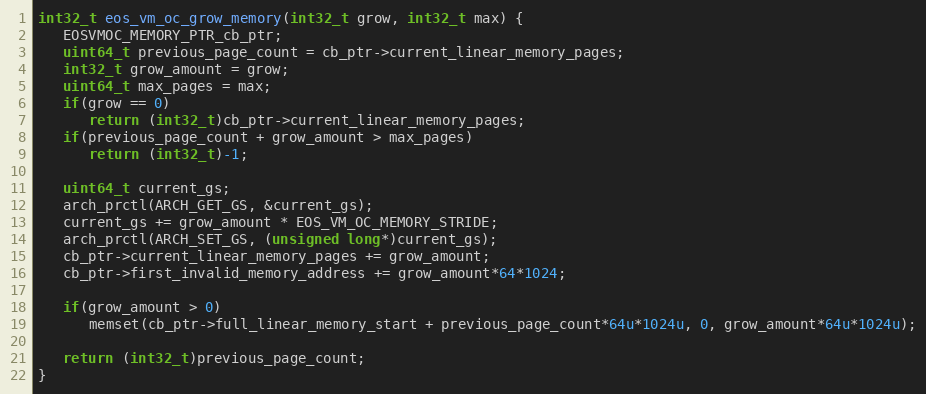
Language: C
int32_t eos_vm_oc_grow_memory(int32_t grow, int32_t max) {
   EOSVMOC_MEMORY_PTR_cb_ptr;
   uint64_t previous_page_count = cb_ptr->current_linear_memory_pages;
   int32_t grow_amount = grow;
   uint64_t max_pages = max;
   if(grow == 0)
      return (int32_t)cb_ptr->current_linear_memory_pages;
   if(previous_page_count + grow_amount > max_pages)
      return (int32_t)-1;

   uint64_t current_gs;
   arch_prctl(ARCH_GET_GS, &current_gs);
   current_gs += grow_amount * EOS_VM_OC_MEMORY_STRIDE;
   arch_prctl(ARCH_SET_GS, (unsigned long*)current_gs);
   cb_ptr->current_linear_memory_pages += grow_amount;
   cb_ptr->first_invalid_memory_address += grow_amount*64*1024;

   if(grow_amount > 0)
      memset(cb_ptr->full_linear_memory_start + previous_page_count*64u*1024u, 0, grow_amount*64u*1024u);

   return (int32_t)previous_page_count;
}